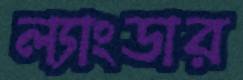
ল্যাংডার